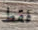
فقط